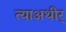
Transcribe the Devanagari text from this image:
त्याअथीर्